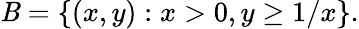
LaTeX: \mathit{B}=\{ (x,y):x>0,y\geq1/x\} .